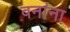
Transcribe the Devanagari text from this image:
वनांना